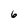
Character: 6